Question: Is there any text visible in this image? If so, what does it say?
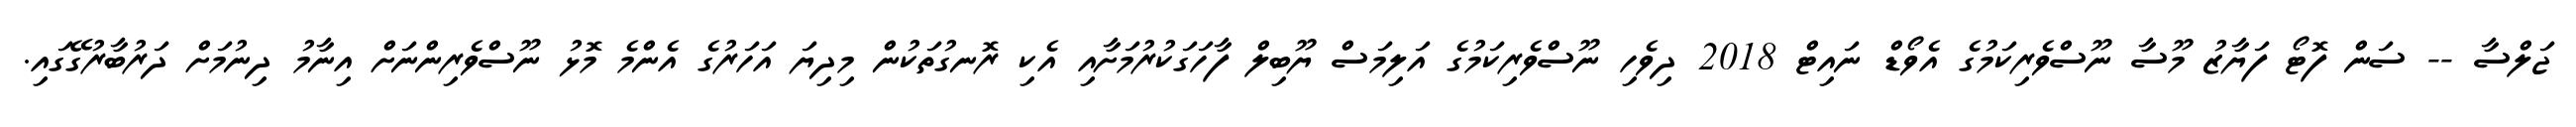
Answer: ޖަލްސާ -- ސަން ފޮޓޯ ފަޔާޒު މޫސާ ނޫސްވެރިކަމުގެ އެވޯޑް ނައިޓް 2018 ދިވެހި ނޫސްވެރިކަމުގެ އަލިމަސް ޔޫބިލް ފާހަގަކުރުމަށާއި އެކި ރޮނގުތަކުން މިދިޔަ އަހަރުގެ އެންމެ މޮޅު ނޫސްވެރިންނަށް އިނާމު ދިނުމަށް ދަރުބާރުގޭގައި.